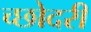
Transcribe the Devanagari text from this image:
च्छोदरी